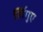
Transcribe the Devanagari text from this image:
लिंगुए